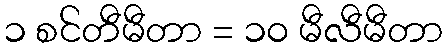
၁ စင်တီမီတာ = ၁၀ မီလီမီတာ